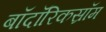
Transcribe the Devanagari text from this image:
बॉदॉरिकस्रॉम